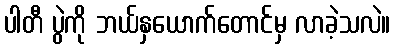
ပါတီ ပွဲကို ဘယ်နှယောက်တောင်မှ လာခဲ့သလဲ။